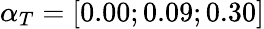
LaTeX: \alpha_{T}=[0.00;0.09;0.30]